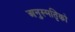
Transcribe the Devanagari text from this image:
अनुस्मतिृको